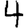
Digit: 4